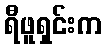
ရီဖူရှင်းက